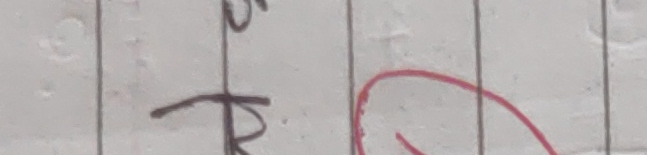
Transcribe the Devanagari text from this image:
५त्र